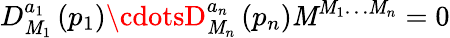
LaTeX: D_{\mathit{M}_{1}}^{a_{1}}\left(p_{1}\right)\cdotsD_{\mathit{M}_{n}}^{a_{n}}\left(p_{n}\right){\cal\mathit{M}}^{\mathit{M}_{1}\dots\mathit{M}_{n}}=0